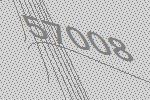
57008